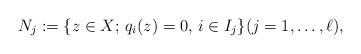
LaTeX: \begin{align*}N_j := \{z \in X;\, q_i(z) = 0,\, i \in I_j\} (j=1,\dots,\ell),\end{align*}